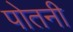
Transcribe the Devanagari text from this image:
पोतनी